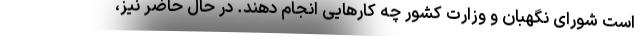
است شورای نگهبان و وزارت کشور چه کارهایی انجام دهند. در حال حاضر نیز،